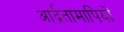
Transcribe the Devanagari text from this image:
आर्द्रतामापियों